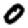
Digit: 0